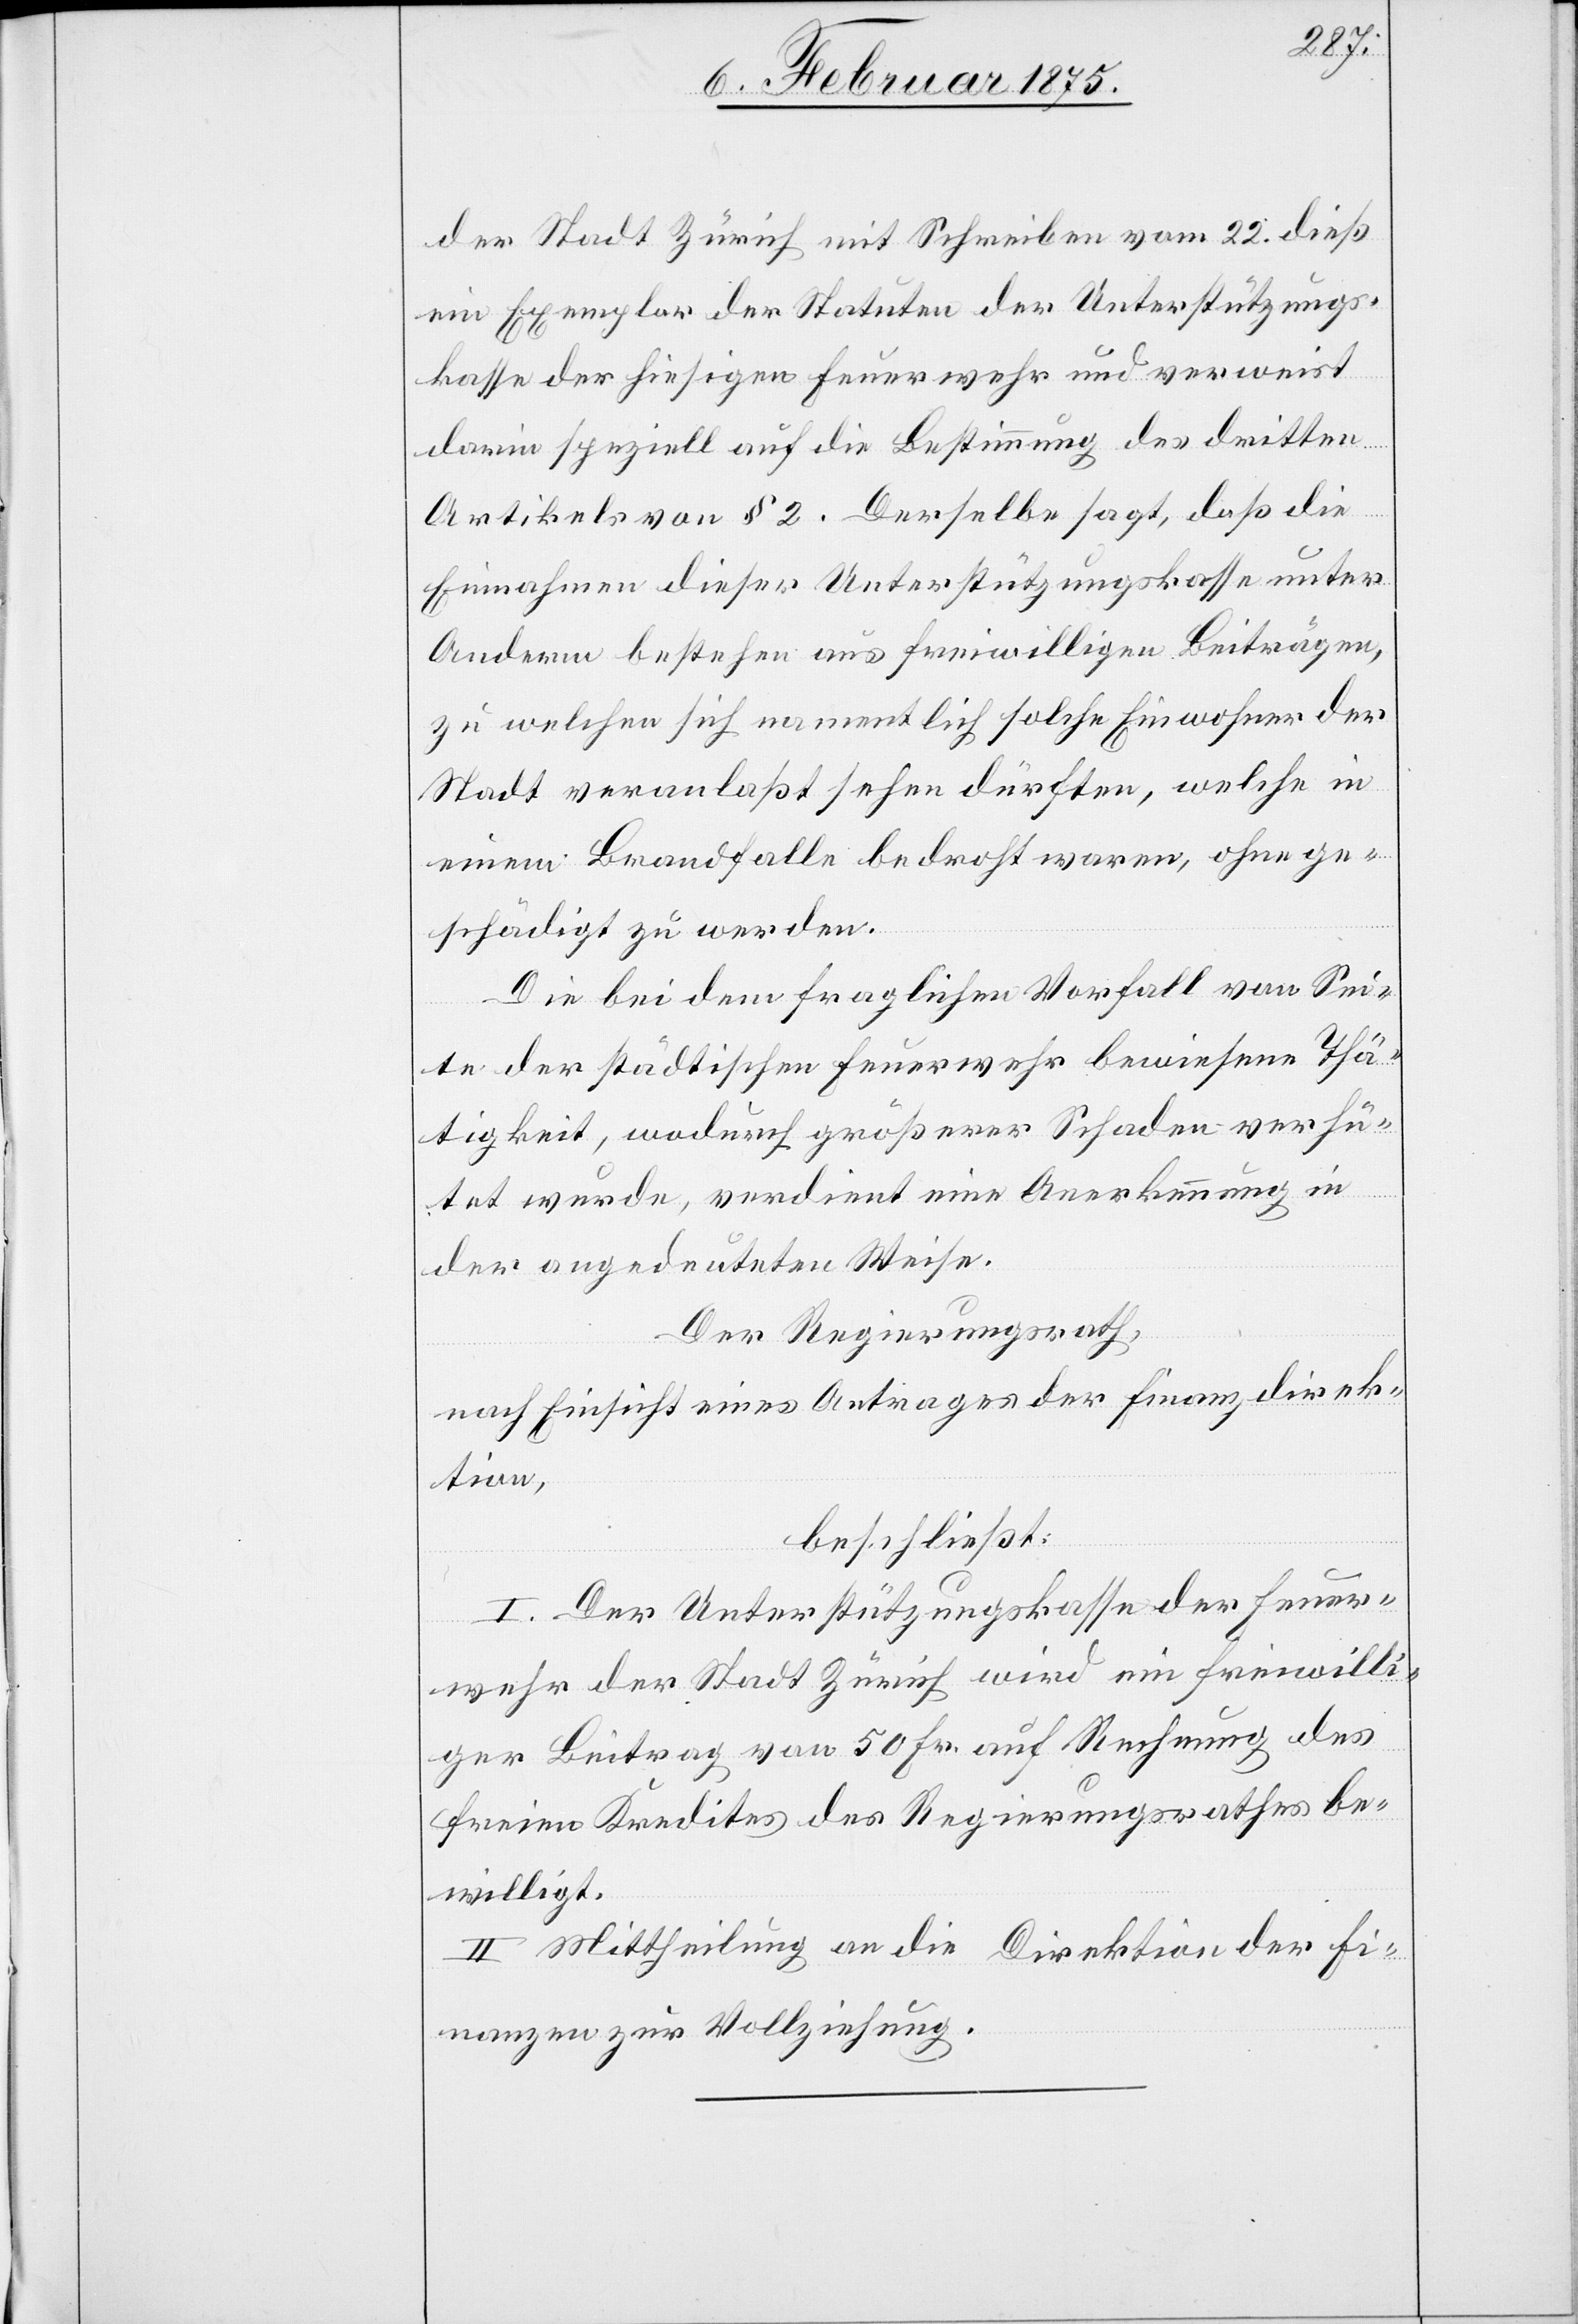
der Stadt Zürich mit Schreiben vom 22. dieß
ein Exemplar der Statuten der Unterstützungs¬
kasse der hiesigen Feuerwehr und verweist
darin speziell auf die Bestimmung des dritten
Artikels von § 2. Derselbe sagt, daß die
Einnahmen dieser Unterstützungskasse unter
Anderm bestehen aus freiwilligen Beiträgen,
zu welchen sich namentlich solche Einwohner der
Stadt veranlaßt sehen dürften, welche in
einem Brandfalle bedroht waren, ohne ge¬
schädigt zu werden.
Die bei dem fraglichen Vorfall von Sei¬
te der städtischen Feuerwehr bewiesene Thä¬
tigkeit, wodurch größerer Schaden verhü¬
tet wurde, verdient eine Anerkennung in
der angedeuteten Weise.
Der Regierungsrath,
nach Einsicht eines Antrages der Finanzdirek¬
tion,
beschließt:
I. Der Unterstützungskasse der Feuer¬
wehr der Stadt Zürich wird ein freiwilli¬
ger Beitrag von 50 Fr. auf Rechnung des
freien Kredites des Regierungsrathes be¬
willigt.
II. Mittheilung an die Direktion der Fi¬
nanzen zur Vollziehung.